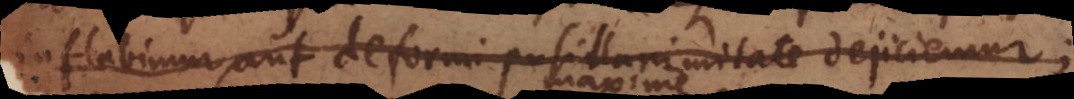
inflabimur, aut deformi pusillanimitate dejiciemur;